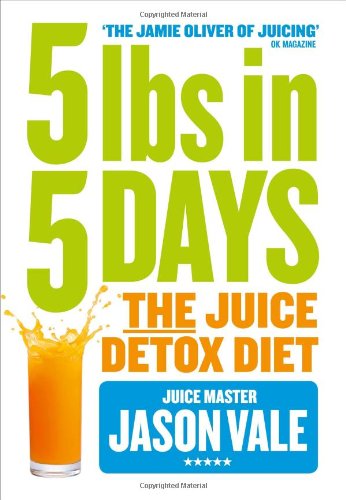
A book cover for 5LBs in 5 Days: The Juice Detox Diet; Jason Vale; Cookbooks, Food & Wine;